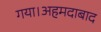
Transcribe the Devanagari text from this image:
गया।अहमदाबाद